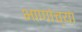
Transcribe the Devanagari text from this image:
भाणांच्या